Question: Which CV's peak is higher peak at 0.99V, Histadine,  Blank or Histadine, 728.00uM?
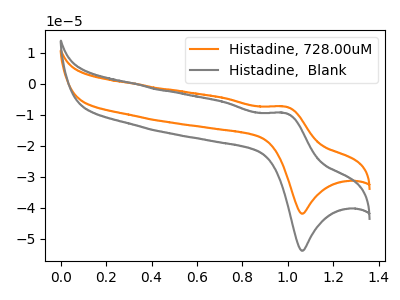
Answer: <think>The orange curve "Histadine, 728.00uM" has an anodic peak at (1.00V, -7.30uA) and a cathodic peak at (1.05V, -41.85uA). The gray curve "Histadine,  Blank" has an anodic peak at (1.00V, -9.40uA) and a cathodic peak at (1.05V, -53.80uA).</think>
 <answer>The peak at 0.99V is lower in "Histadine,  Blank" than in "Histadine, 728.00uM".</answer>
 <eval>lower</eval>